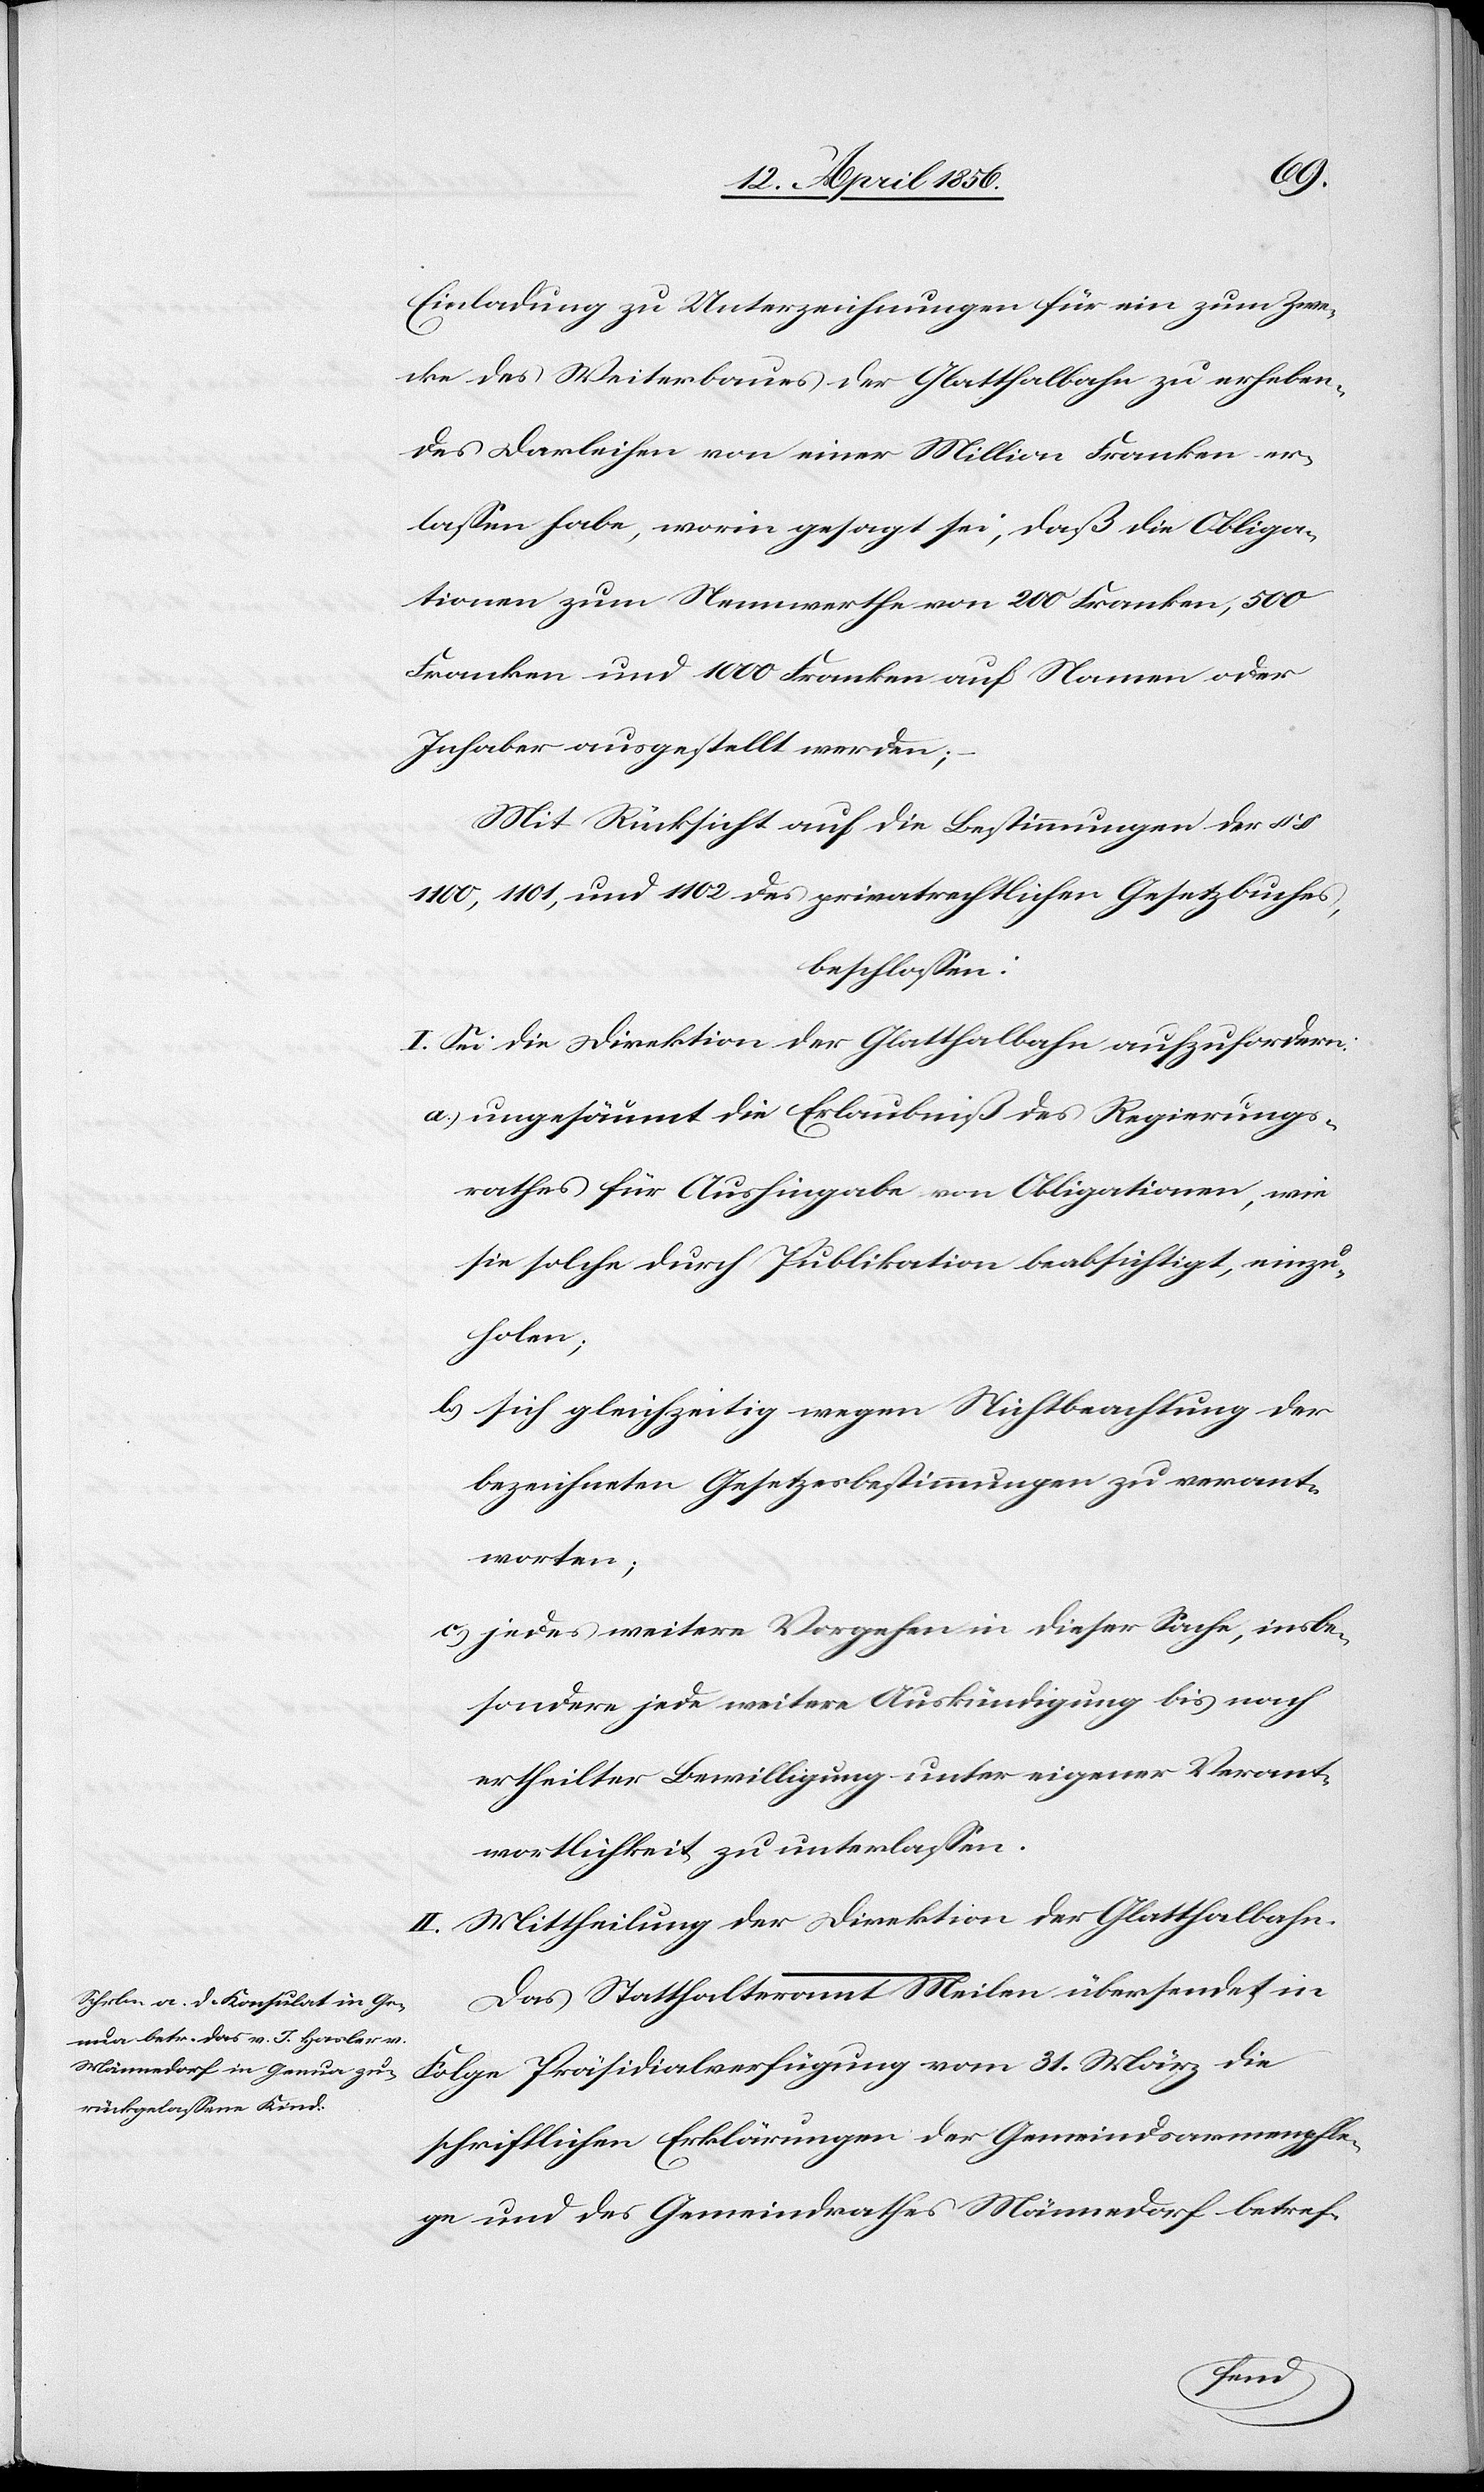
Einladung zu Unterzeichnungen für ein zum Zwe¬
cke des Weiterbaues der Glatthalbahn zu erheben¬
des Darleihen von einer Million Franken er¬
lassen habe, worin gesagt sei, daß die Obliga¬
tionen zum Nennwerthe von 200 Franken, 500
Franken und 1000 Franken auf Namen oder
Inhaber ausgestellt werden;
Mit Rücksicht auf die Bestimmungen der §§
1100, 1101, und 1102 des privatrechtlichen Gesetzbuches,
beschlossen:
I. Sei die Direktion der Glatthalbahn aufzufordern:
a., ungesäumt die Erlaubniß des Regierungs¬
rathes für Aushingabe von Obligationen, wie
sie solche durch Publikation beabsichtigt, einzu¬
holen;
b., sich gleichzeitig wegen Nichtbeachtung der
bezeichneten Gesetzesbestimmungen zu verant¬
worten;
c., jedes weitere Vorgehen in dieser Sache, insbe¬
sondere jede weitere Auskündigung bis nach
ertheilter Bewilligung unter eigener Verant¬
wortlichkeit zu unterlassen.
II. Mittheilung der Direktion der Glatthalbahn.
Das Statthalteramt Meilen übersendet in
Folge Präsidialverfügung vom 31. März die
schriftlichen Erklärungen der Gemeindsarmenpfle¬
ge und des Gemeindrathes Männedorf betref-